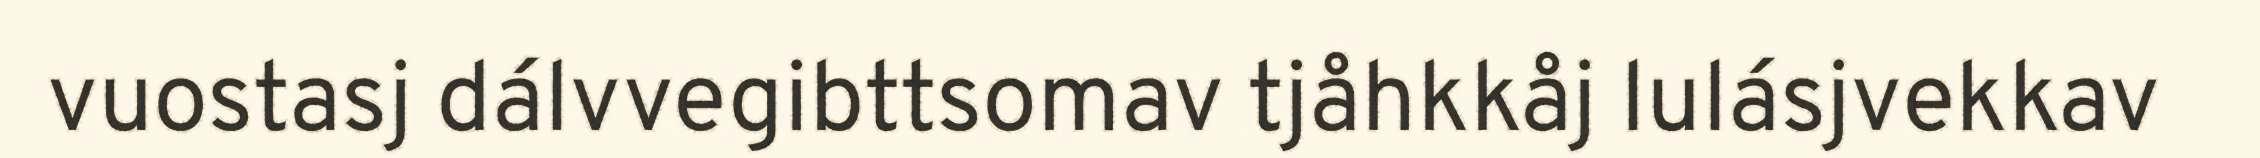
vuostasj dálvvegibttsomav tjåhkkåj lulásjvekkav